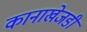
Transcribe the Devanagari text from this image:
कानाखेजडी